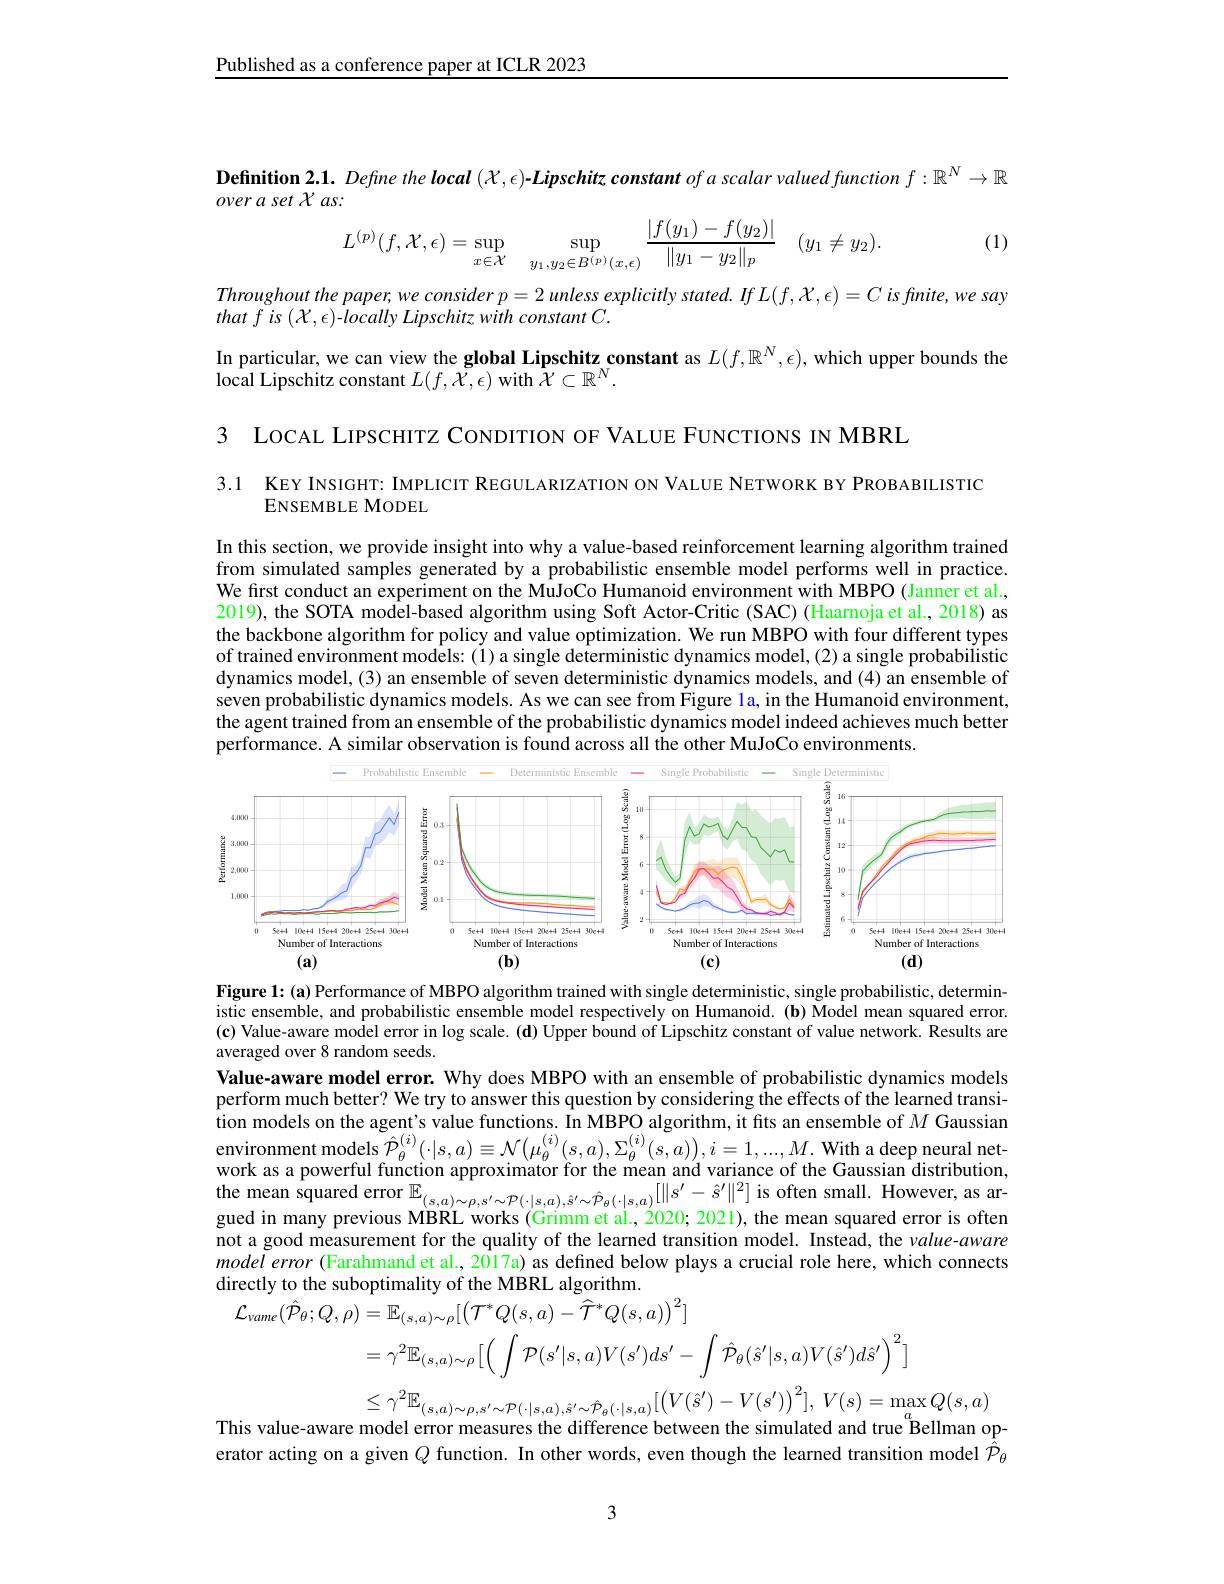
Published as a conference paper at ICLR 2023

Definition $2. 1. \textit{ Define the local }( X, \epsilon ) - Lipschitz$ constant of a scalar valued function $f:\mathbb{R}^N\to\mathbb{R}$
overaset ${\mathcal{X} }$ $as:$
$$L^{(p)}(f,\mathcal{X},\epsilon)=\sup\limits_{x\in\mathcal{X}}\quad\sup\limits_{y_1,y_2\in B^{(p)}(x,\epsilon)}\frac{|f(y_1)-f(y_2)|}{\|y_1-y_2\|_p}\quad(y_1\neq y_2).$$
(1)

Throughout the paper, we consider $p=2$ unless explicitly stated. If $L(f,\mathcal{X},\epsilon)=C$ is finite, we say
$that~f~is~({\mathcal X},\epsilon)~-locally~Lipschitz~with~constant~C.$

In particular, we can view the global Lipschitz constant as $L(f,\mathbb{R}^N,\epsilon)$, which upper bounds the
$\hat{\text{local Lipschitz constant }}L(f,\tilde{\mathcal{X}},\epsilon)$ with $\hat{\mathcal{X}}\subset\mathbb{R}^N.$

3 LOCAL LIPSCHITZ CONDITION OF VALUE FUNCTIONS IN MBRL

3.1 KEY INSIGHT: IMPLICIT REGULARIZATION ON VALUE NETWORK BY PROBABILISTIC
ENSEMBLE MODEL

In this section, we provide insight into why a value-based reinforcement learning algorithm trained from simulated samples generated by a probabilistic ensemble model performs well in practice. We first conduct an experiment on the MuJoCo Humanoid environment with MBPO (Janner et al., 2019), the SOTA model-based algorithm using Soft Actor-Critic (SAC) (Haarnoja et al., 2018) as the backbone algorithm for policy and value optimization. We run MBPO with four different types of trained environment models: (1) a single deterministic dynamics model,(2) a single probabilistic dynamics model,(3) an ensemble of seven deterministic dynamics models, and (4) an ensemble of seven probabilistic dynamics models. As we can see from Figure la, in the Humanoid environment, the agent trained from an ensemble of the probabilistic dynamics model indeed achieves much better performance. A similar observation is found across all the other MuJoCo environments.

<FigureHere>

Figure 1: (a) Performance of MBPO algorithm trained with single deterministic, single probabilistic, deterministic ensemble, and probabilistic ensemble model respectively on Humanoid. (b) Model mean squared error. (c) Value-aware model error in log scale. (d) Upper bound of Lipschitz constant of value network. Results are averaged over 8 random seeds.

Value-aware model error. Why does MBPO with an ensemble of probabilistic dynamics models perform much better? We try to answer this question by considering the effects of the learned transition models on the agent's value functions. In MBPO algorithm, it fits an ensemble of $M$ Gaussian environment models $\hat{\mathcal{P}}_\theta^{(i)}(\cdot|s,a)\equiv\mathcal{N}(\mu_\theta^{(i)}(s,a),\Sigma_\theta^{(i)}(s,a)),i=1,...,M.$ With a deep neural network as a powerful function approximator for the mean and variance of the Gaussian distribution, the mean squared error $\mathbb{E} _{( s, a) \sim \rho , s^{\prime }\sim P( \cdot | s, a) , s^{\prime }\sim \hat{\mathcal{P} } _{\theta }( \cdot | s, a) }[ \| s^{\prime }- \hat{\mathcal{S} } ^{\prime }\| ^{2}]$is often small. However, as ar- gued in man not a good measurement for the quality of the learned transition model. Instead, the value-aware model error (Farahmand et al., 2017a) as defined below plays a crucial role here, which connects directly to the suboptimality of the MBRL algorithm.
${\mathcal L}_{vame}(\hat{\mathcal P}_{\theta};Q,\rho)=\mathbb{E}_{(s,a)\sim\rho}[\big({\mathcal T}^{*}Q(s,a)-{\tilde{\mathcal T}}^{*}Q(s,a)\big)^{2}]$

$=\gamma^{2}\mathbb{E}_{(s,a)\sim\rho}\left[\left(\int\mathcal{P}(s^{\prime}|s,a)V(s^{\prime})ds^{\prime}-\int\hat{\mathcal P}_{\theta}(\hat{s}^{\prime}|s,a)V(\hat{s}^{\prime})d\hat{s}^{\prime}\right)^{2}.\right]$
$\leq \gamma ^{2}\mathbb{E} _{( s, a) \sim \rho , s^{\prime }\sim \mathcal{P} ( \cdot | s, a) , \hat{s} ^{\prime }\sim \hat{\mathcal{P} } _{\theta }( \cdot | s, a) }[ \left ( V( \hat{s} ^{\prime }) - V( s^{\prime }) \right ) ^{2}] $, $V( s) = \max _{a}Q( s, a)$

This value-aware model error measures the difference between the simulated and true$^{a}$Bellman operator acting on a given $Q$ function. In other words, even though the learned transition model $\hat{\mathcal{P}}_\theta$

3